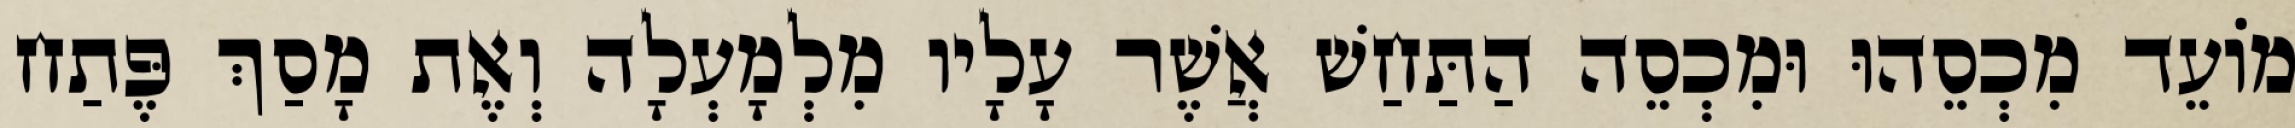
מוֹעֵד מִכְסֵהוּ וּמִכְסֵה הַתַּחַשׁ אֲשֶׁר עָלָיו מִלְמָעְלָה וְאֶת מָסַךְ פֶּתַח